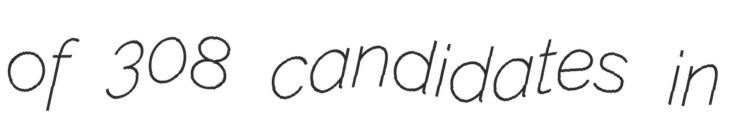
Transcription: of 308 candidates in